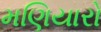
મણિયારો